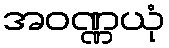
အဝဏ္ဏယုံ